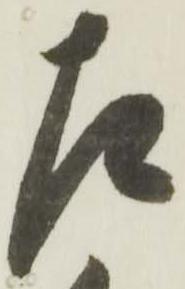
左